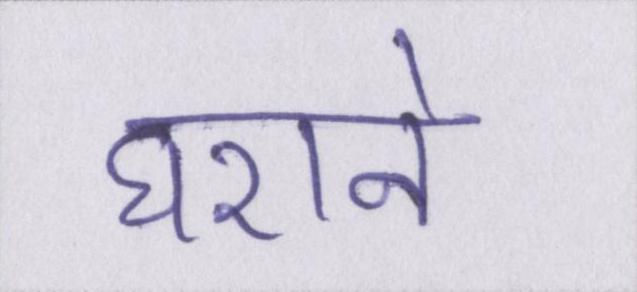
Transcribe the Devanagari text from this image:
घराने